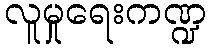
လူမှုရေးကဏ္ဍ